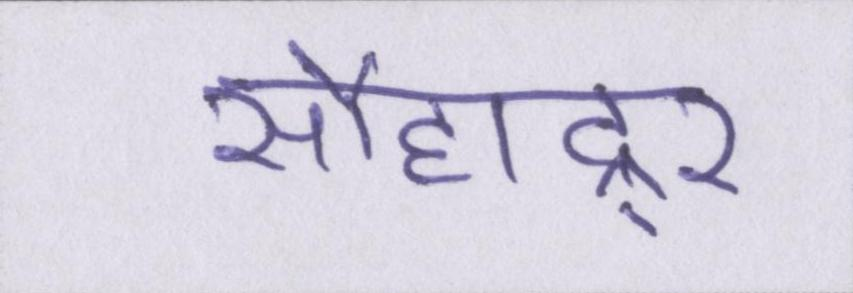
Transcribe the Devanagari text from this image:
सौहाद्र्र